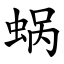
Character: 蜗